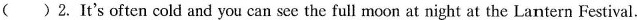
( ) 2. It's often cold and you can see the full moon at night at the Lantern Festival.